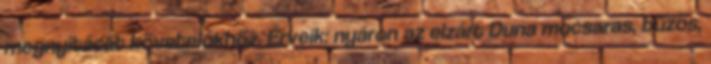
megnyitását követelőkhöz. Érveik: nyáron az elzárt Duna mocsaras, bűzös,